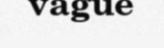
vague